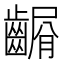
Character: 𪙆